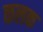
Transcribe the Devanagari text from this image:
कलक